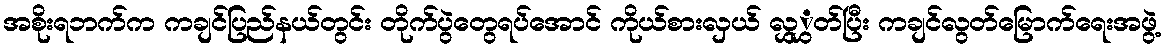
အစိုးရဘက်က ကချင်ပြည်နယ်တွင်း တိုက်ပွဲတွေရပ်အောင် ကိုယ်စားလှယ် လွှွှတ်ပြီး ကချင်လွတ်မြောက်ရေးအဖွဲ့